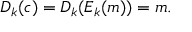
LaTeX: D _ { k } ( c ) = D _ { k } ( E _ { k } ( m ) ) = m .